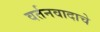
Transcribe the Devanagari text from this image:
वर्तनवादाचे